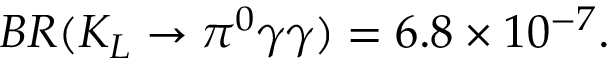
B R ( K _ { L } \rightarrow \pi ^ { 0 } \gamma \gamma ) = 6 . 8 \times 1 0 ^ { - 7 } .